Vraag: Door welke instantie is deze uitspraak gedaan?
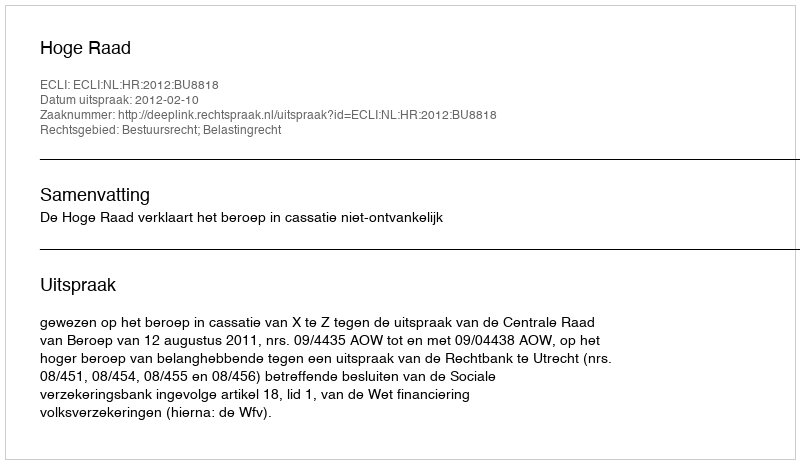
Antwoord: Hoge Raad